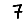
Digit: 7